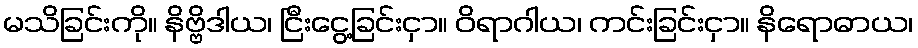
မသိခြင်းကို။ နိဗ္ဗိဒါယ၊ ငြီးငွေ့ခြင်းငှာ။ ဝိရာဂါယ၊ ကင်းခြင်းငှာ။ နိရောဓာယ၊